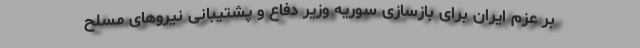
بر عزم ایران برای بازسازی سوریه وزیر دفاع و پشتیبانی نیروهای مسلح